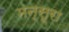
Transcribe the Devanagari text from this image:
मन्सूरा